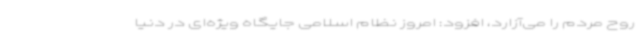
روح مردم را می‌آزارد، افزود: امروز نظام اسلامی جایگاه ویژه‌ای در دنیا